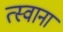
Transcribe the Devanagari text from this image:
त्स्वाना